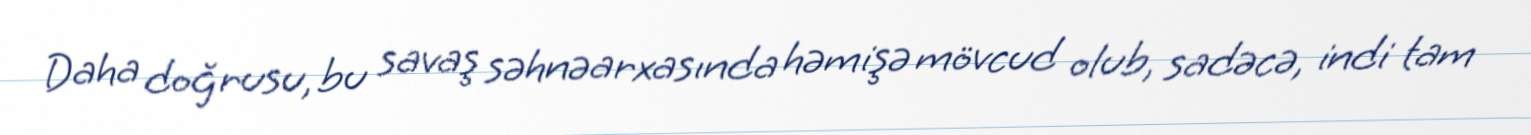
Daha doğrusu, bu savaş səhnəarxasında həmişə mövcud olub, sadəcə, indi tam